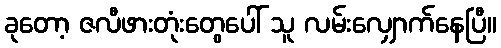
ခုတော့ ဇလီဖားတုံးတွေပေါ် သူ လမ်းလျှောက်နေပြီ။